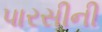
પારસીની